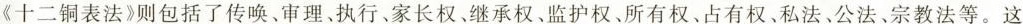
《十二铜表法》则包括了传唤、审理、执行、家长权、继承权、监护权、所有权、占有权、私法、公法、宗教法等。这